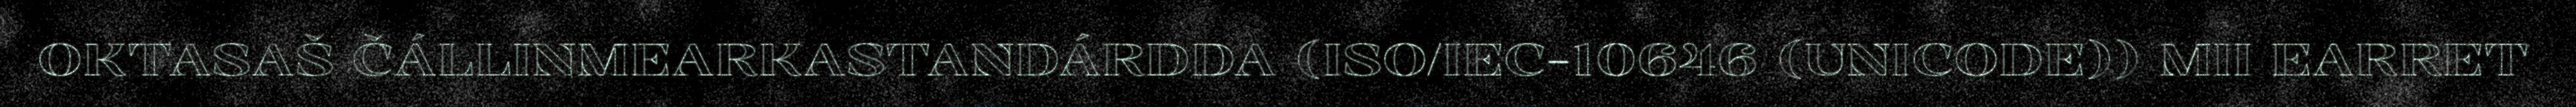
OKTASAŠ ČÁLLINMEARKASTANDÁRDDA (ISO/IEC-10646 (UNICODE)) MII EARRET